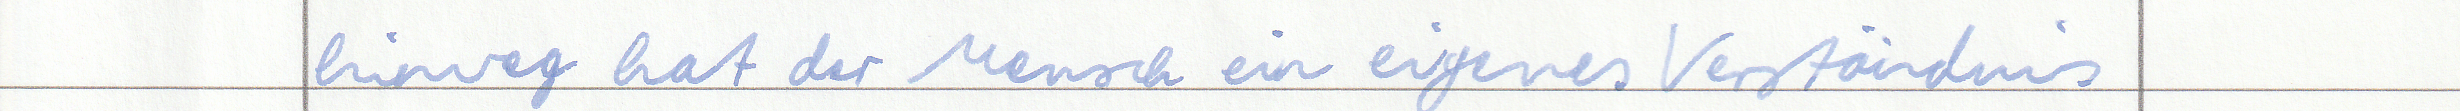
hinweg hat der Mensch ein eigenes Verständnis